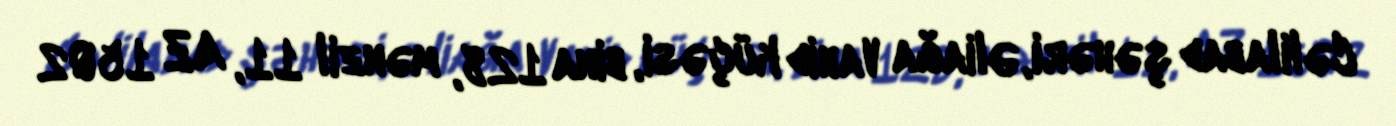
Cəlilabad şəhəri, Əliağa Vahid küçəsi, bina 128, mənzil 11, AZ 1502